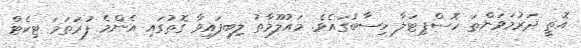
އޮތީ ދަރުމަވަންތަ ހޮސްޕިޓަލާ ހިސާބުގައެވެ. މައުލޫމާތު ލިބިފައިވާ ގޮތުގައި އެންމެ ފުރަތަމަ ޓިކެޓް